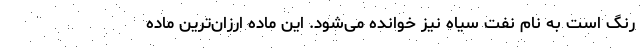
رنگ است به نام نفت سیاه نیز خوانده می‌شود. این ماده ارزان‌ترین ماده